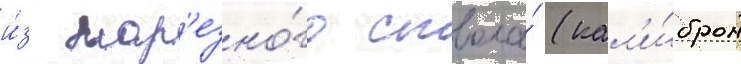
и́з нар'езно́го ствола́ (кал'и́бром